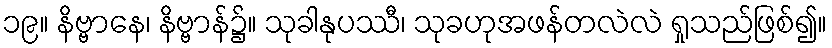
၁၉။ နိဗ္ဗာနေ၊ နိဗ္ဗာန်၌။ သုခါနုပဿီ၊ သုခဟုအဖန်တလဲလဲ ရှုသည်ဖြစ်၍။